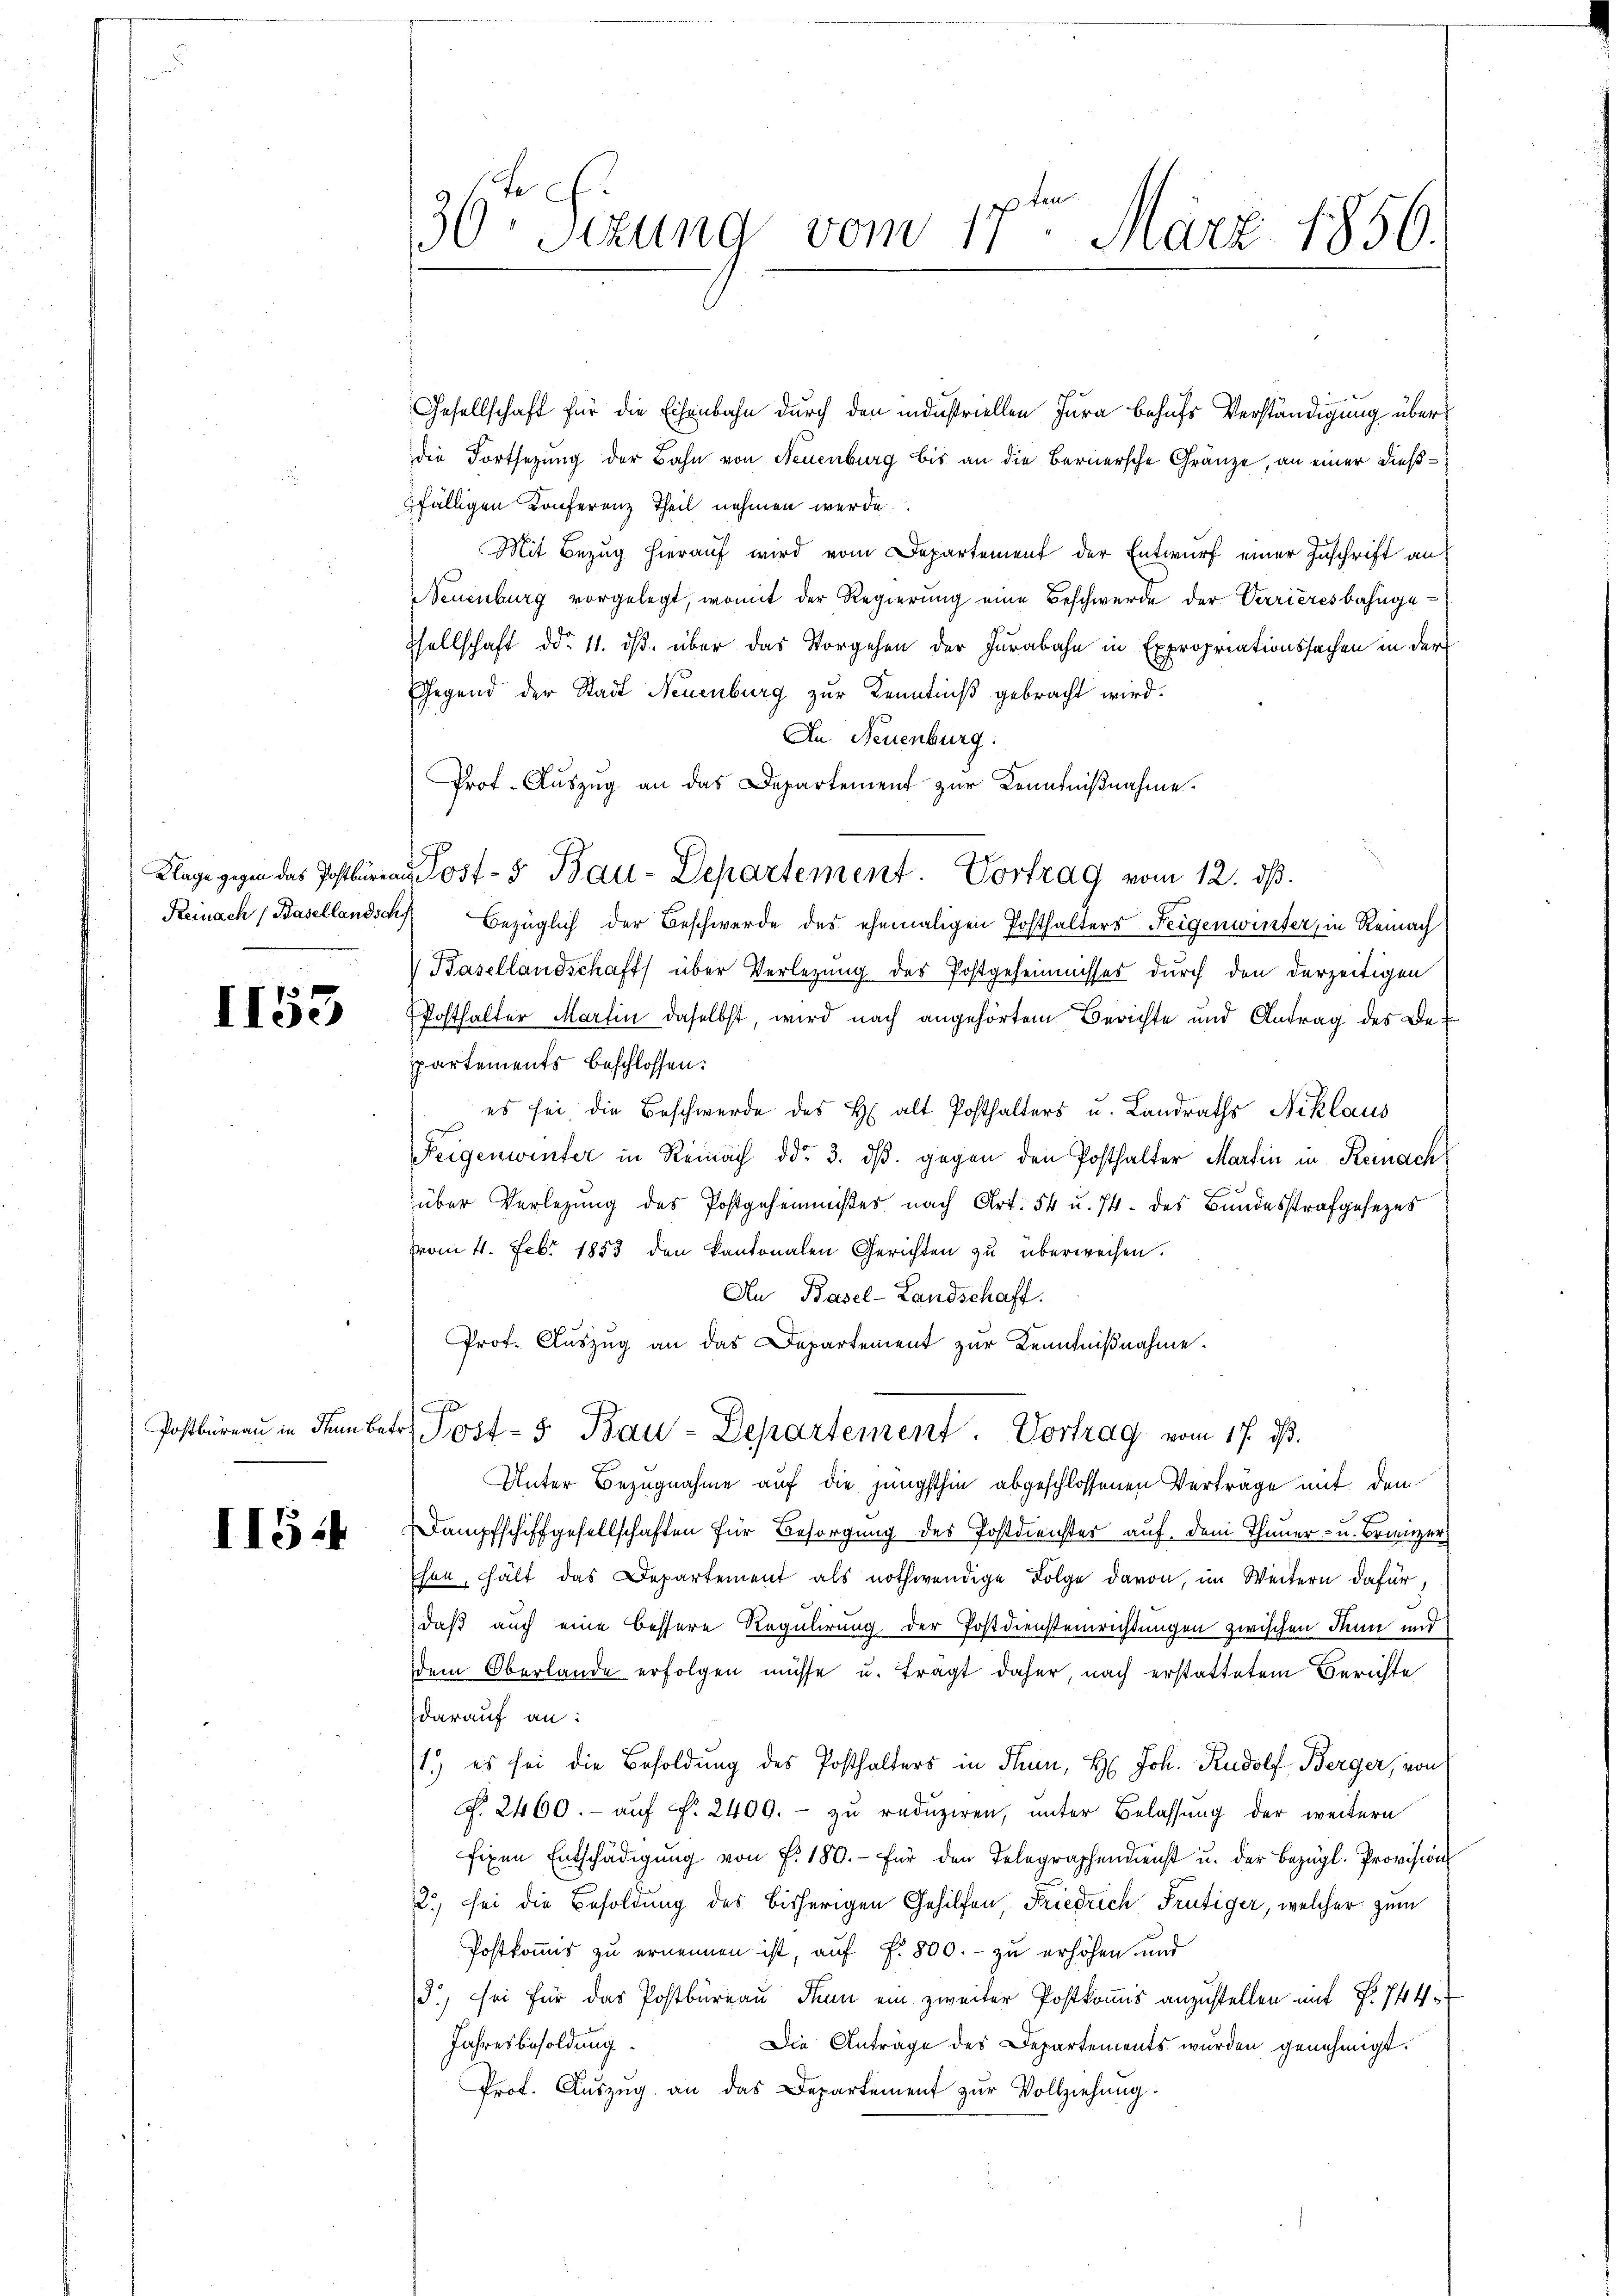
Reinach (Basellandsch

I153

II54

30ten Sizung vom 17ten März 1856.

Gesellschaft für die Eisenbahn durch den industriellen Jura behufs Verständigung über
die Fortsezung der Bahn von Neuenburg bis an die Bernersche Gränze, an einer dießfälligen Konferenz Theil nehmen werde
Mit Bezug hierauf wird vom Departement der Entwurf einer Inschrift an
Neuenburg vorgelegt, womit der Regierung eine Beschwerde der Verrièresbahngesellschaft ddo. 11. ds. über das Vorgehen der Jurabahn in Expropriationssachen in der
Gegend der Stadt Neuenburg zur Kenntniß gebracht wird.
An Neuenburg.
Prof. Auszug an das Departement zur Kenntnißnahme.
Bezüglich der Beschwerde des ehemaligen Posthalters Feigenwirter, in Reinach
 Basellandschaft über Verlegung des Postgeheimnisses durch den derzeitigen
Posthalter Martin daselbst, wird nach angehörtem Berichte und Antrag des Bespartements beschlossen:
es sei, die Beschwerde des H. alt Posthalters u. Landraths Niklaus
Feigenwinter in Reinach ddo 3. dβ. gegen den Posthalter Martin in Reinach
über Verlegung des Postgehemmnißes nach Art. 54 u. 74. des Bundesstrafgesezes
vom 4. Febr. 1853 den kantonalen Gerichten zu überweisen.
An Basel-Landschaft.
Prof. Auszug an das Departement zur Kenntnißnahme.
Postbüreaŭ in den betr. Post- & Bau-Departement. Vortrag vom 17. dβ.
Unter Bezugnahme auf die jüngsthin abgeschlossenen Verträge mit dem
Dampfschiffgesellschaften für Besorgung des Postdienster auf dem Thauer- u. Brinzer
hen, hält das Departement als nothwendige Folge davon, im Weitern dafür,
daß auch eine bessere Regulirung der Postdiensteinrichtungen zwischen Dann und
dem Oberlande erfolgen müsse u. tragt daher, nach erstattetem Berichte
darauf an:
1.) es sei die Besoldung des Posthalters in Thun, H. Joh. Rudolf Berger, von
P. 2460.- auf §. 2400. - zu reduziren, unter Belassung der weitern
fixen Entschädigŭng von f. 180. für den Telegraphendenst u. der bezügl. Provision
2) sei die Besoldung des bisherigen Gehilfen Friedrich Frutiger, welcher zum
Postkommis zu ernennen ist, auf f. 800. - zu erhöhen und
.) sei für das Postbüreau dann ein zweiter Postkommis anzustellen mit No 744
Jahresbesoldung.
Die Anträge des Departements wurden genehmigt.
Prot. Aŭszŭg an das Departement zŭr Vollziehung.

Klage gegen das Postbüren Post- 5. Bau-Departement. Vortrag vom 12. ds.